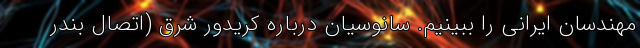
مهندسان ایرانی را ببینیم. سانوسیان درباره کریدور شرق (اتصال بندر